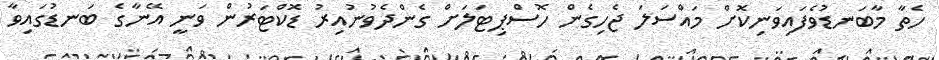
ހެތާ މާބަނޑުވެފައިވަނިކޮށް މައްސަލަ ޖެހިގެން ހޮސްޕިޓަލަށް ގެންދެވުނުއިރު ޑޮކްޓަރުން ވަނީ އޭނާގެ ބަނޑުގައިވާ